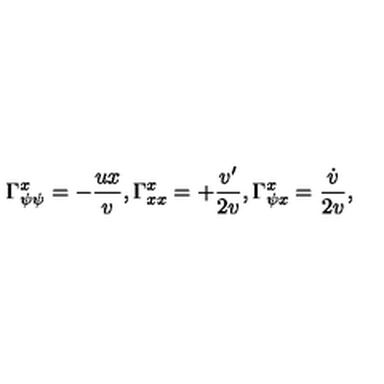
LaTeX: \Gamma _ { \psi \psi } ^ { x } = - { \frac { u x } { v } } , \Gamma _ { x x } ^ { x } = + { \frac { v ^ { \prime } } { 2 v } } , \Gamma _ { \psi x } ^ { x } = { \frac { \dot { v } } { 2 v } } ,